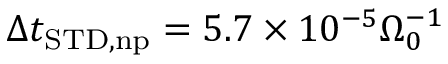
\Delta t _ { \mathrm { S T D , n p } } = 5 . 7 \times 1 0 ^ { - 5 } \Omega _ { 0 } ^ { - 1 }